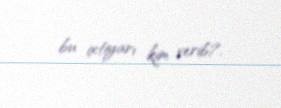
bu ixtiyarı kim verib?.